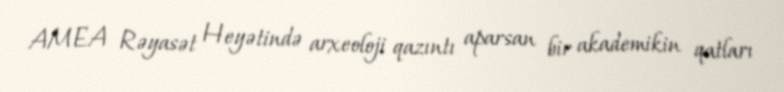
AMEA Rəyasət Heyətində arxeoloji qazıntı aparsan bir akademikin qatları